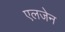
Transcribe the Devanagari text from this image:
एलजेन